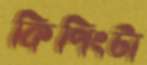
কিপিংটা